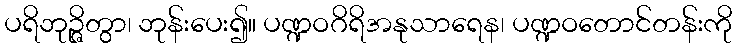
ပရိဘုဉ္ဇိတွာ၊ ဘုန်းပေး၍။ ပဏ္ဍဝဂိရိအနုသာရေန၊ ပဏ္ဍဝတောင်တန်းကို